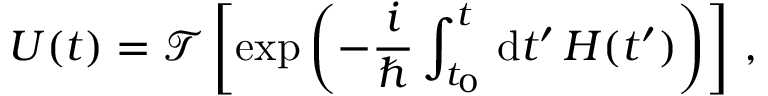
U ( t ) = { \mathcal { T } } \left[ \exp \left( - { \frac { i } { \hbar } } \int _ { t _ { 0 } } ^ { t } \, \mathrm { { d } } t ^ { \prime } \, H ( t ^ { \prime } ) \right) \right] \, ,